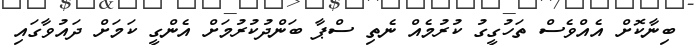
ބިނާކޮށް އެއްވެސް ތަހުގީގު ކުރުމެއް ނެތި ސްޕާ ބަންދުކުރުމަށް އެންގީ ކަމަށް ދައުވާގައި